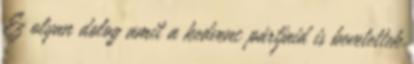
Ez olyan dolog amit a kedvenc pártjaid is bevetettek